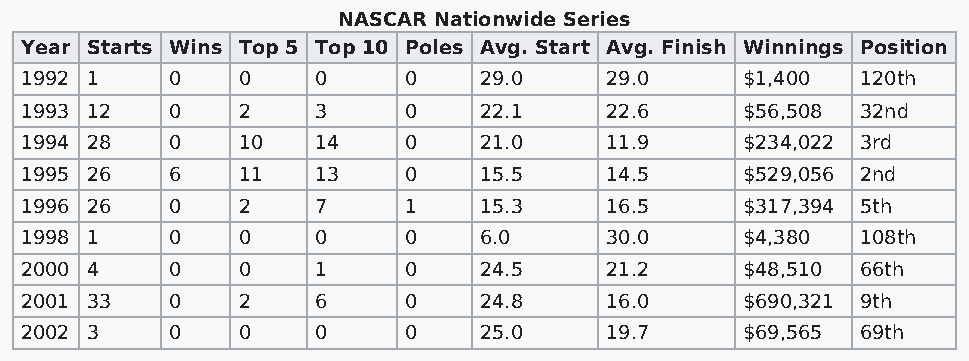
NASCAR Nationwide Series
 Year Starts Wins Top 5 Top 10 Poles Avg. Start Avg. Finish Winnings Position
 1992 1    0    0    0     0    29.0    29.0     $1,400  120th
 1993 12   0    2    3     0    22.1    22.6     $56,508 32nd
 1994 28   0    10   14    0    21.0    11.9     $234,022 3rd
 1995 26   6    11   13    0    15.5    14.5     $529,056 2nd
 1996 26   0    2    7     1    15.3    16.5     $317,394 5th
 1998 1    0    0    0     0    6.0     30.0     $4,380  108th
 2000 4    0    0    1     0    24.5    21.2     $48,510 66th
 2001 33   0    2    6     0    24.8    16.0     $690,321 9th
 2002 3    0    0    0     0    25.0    19.7     $69,565 69th